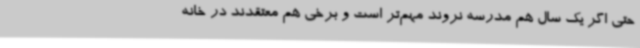
حتی اگر یک سال هم مدرسه نروند مهم‌تر است و برخی هم معتقدند در خانه